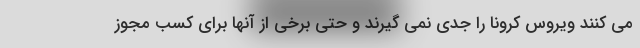
می کنند ویروس کرونا را جدی نمی گیرند و حتی برخی از آنها برای کسب مجوز